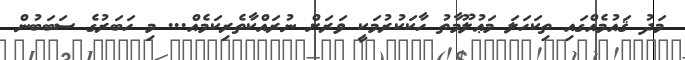
މަދު ޤައުމެެއްގައި ތިކަހަލަ މަޢުލޫމާތު ހާކަކުރުމަކީ ވަރަށް ނުރައްކާތެރިކަމެއް... މި ހަބަރުގެ ސަބަބުން